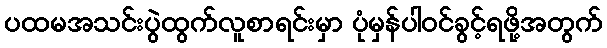
ပထမအသင်းပွဲထွက်လူစာရင်းမှာ ပုံမှန်ပါဝင်ခွင့်ရဖို့အတွက်